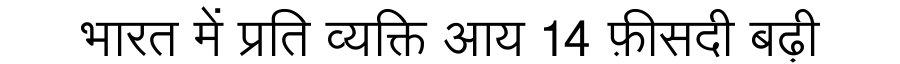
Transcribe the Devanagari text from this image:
भारत में प्रति व्यक्ति आय 14 फ़ीसदी बढ़ी